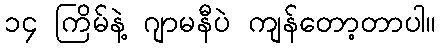
၁၄ ကြိမ်နဲ့ ဂျာမနီပဲ ကျန်တော့တာပါ။